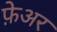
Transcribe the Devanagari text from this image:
फ़ेअर